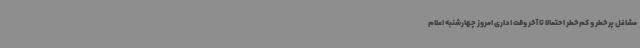
مشاغل پرخطر و کم‌خطر احتمالا تا آخر وقت اداری امروز چهارشنبه اعلام